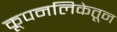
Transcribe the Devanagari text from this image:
कूपनलिकेतून